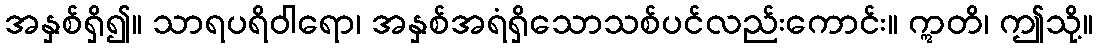
အနှစ်ရှိ၍။ သာရပရိဝါရော၊ အနှစ်အရံရှိသောသစ်ပင်လည်းကောင်း။ ဣတိ၊ ဤသို့။